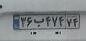
۳۶ب۴۷۴۷۴